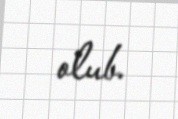
olub.